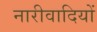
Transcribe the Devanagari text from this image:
नारीवादियों